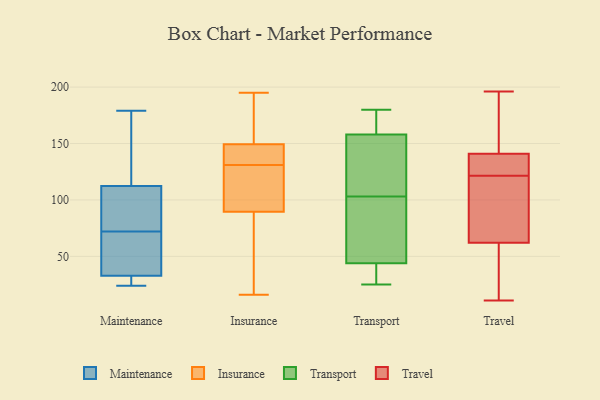
{"axis": {"x": "Conversion Rate (%)", "y": "Value"}, "legend": ["Insurance", "Maintenance", "Transport", "Travel"], "data": [{"x": "", "y": 28, "type": "Maintenance"}, {"x": "", "y": 34, "type": "Maintenance"}, {"x": "", "y": 116, "type": "Maintenance"}, {"x": "", "y": 27, "type": "Maintenance"}, {"x": "", "y": 72, "type": "Maintenance"}, {"x": "", "y": 47, "type": "Maintenance"}, {"x": "", "y": 63, "type": "Maintenance"}, {"x": "", "y": 80, "type": "Maintenance"}, {"x": "", "y": 29, "type": "Maintenance"}, {"x": "", "y": 85, "type": "Maintenance"}, {"x": "", "y": 84, "type": "Maintenance"}, {"x": "", "y": 179, "type": "Maintenance"}, {"x": "", "y": 61, "type": "Maintenance"}, {"x": "", "y": 168, "type": "Maintenance"}, {"x": "", "y": 111, "type": "Maintenance"}, {"x": "", "y": 24, "type": "Maintenance"}, {"x": "", "y": 140, "type": "Maintenance"}, {"x": "", "y": 131, "type": "Insurance"}, {"x": "", "y": 87, "type": "Insurance"}, {"x": "", "y": 168, "type": "Insurance"}, {"x": "", "y": 60, "type": "Insurance"}, {"x": "", "y": 99, "type": "Insurance"}, {"x": "", "y": 119, "type": "Insurance"}, {"x": "", "y": 161, "type": "Insurance"}, {"x": "", "y": 139, "type": "Insurance"}, {"x": "", "y": 16, "type": "Insurance"}, {"x": "", "y": 106, "type": "Insurance"}, {"x": "", "y": 147, "type": "Insurance"}, {"x": "", "y": 146, "type": "Insurance"}, {"x": "", "y": 161, "type": "Insurance"}, {"x": "", "y": 150, "type": "Insurance"}, {"x": "", "y": 25, "type": "Insurance"}, {"x": "", "y": 195, "type": "Insurance"}, {"x": "", "y": 135, "type": "Insurance"}, {"x": "", "y": 97, "type": "Insurance"}, {"x": "", "y": 42, "type": "Insurance"}, {"x": "", "y": 158, "type": "Transport"}, {"x": "", "y": 44, "type": "Transport"}, {"x": "", "y": 160, "type": "Transport"}, {"x": "", "y": 133, "type": "Transport"}, {"x": "", "y": 95, "type": "Transport"}, {"x": "", "y": 172, "type": "Transport"}, {"x": "", "y": 25, "type": "Transport"}, {"x": "", "y": 35, "type": "Transport"}, {"x": "", "y": 39, "type": "Transport"}, {"x": "", "y": 180, "type": "Transport"}, {"x": "", "y": 32, "type": "Transport"}, {"x": "", "y": 91, "type": "Transport"}, {"x": "", "y": 49, "type": "Transport"}, {"x": "", "y": 86, "type": "Transport"}, {"x": "", "y": 145, "type": "Transport"}, {"x": "", "y": 111, "type": "Transport"}, {"x": "", "y": 114, "type": "Transport"}, {"x": "", "y": 172, "type": "Transport"}, {"x": "", "y": 129, "type": "Travel"}, {"x": "", "y": 11, "type": "Travel"}, {"x": "", "y": 39, "type": "Travel"}, {"x": "", "y": 140, "type": "Travel"}, {"x": "", "y": 16, "type": "Travel"}, {"x": "", "y": 142, "type": "Travel"}, {"x": "", "y": 72, "type": "Travel"}, {"x": "", "y": 35, "type": "Travel"}, {"x": "", "y": 158, "type": "Travel"}, {"x": "", "y": 189, "type": "Travel"}, {"x": "", "y": 196, "type": "Travel"}, {"x": "", "y": 126, "type": "Travel"}, {"x": "", "y": 119, "type": "Travel"}, {"x": "", "y": 83, "type": "Travel"}, {"x": "", "y": 123, "type": "Travel"}, {"x": "", "y": 112, "type": "Travel"}, {"x": "", "y": 137, "type": "Travel"}, {"x": "", "y": 153, "type": "Travel"}, {"x": "", "y": 120, "type": "Travel"}, {"x": "", "y": 52, "type": "Travel"}]}